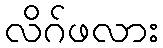
လိဂ်ဖလား